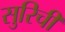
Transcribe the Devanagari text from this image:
सुरिची